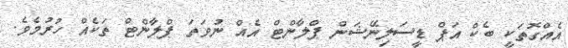
އެއްގޮތަކީ ބެކް އަޕް ޑީސަލިނޭޝަން ޕްލާންޓް އެއް ނުވަތަ ޕްލާންޓް ތަކެއް ހުރުމެވެ.